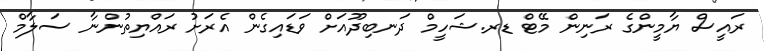
ރައީސް ޔާމީންގެ ރަނިން މޭޓް ޑރ.ޝަހީމް ދަނބިދޫއަށް ވަޑައިގެން އެރަށު ރައްޔިތުންނާ ސަލާމް